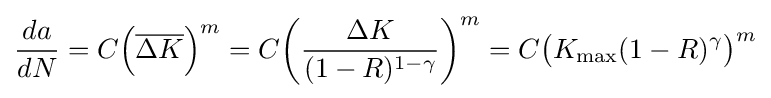
{da \over dN}=C{\Big (}{\overline {\Delta K}}{\Big )}^{m}=C{\bigg (}{\frac {\Delta K}{(1-R)^{1-\gamma }}}{\bigg )}^{m}=C{\big (}K_{\text{max}}(1-R)^{\gamma }{\big )}^{m}